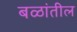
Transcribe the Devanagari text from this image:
बळांतील